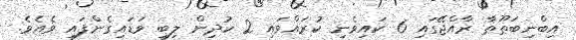
އިބްނިބަޠޫޠާ ރާއްޖޭގައި 6 ކައިވެނި ކުރައްވައި 2 ކުދިން ލިބި ވަޑައިގެންފައި ވެއެވެ.